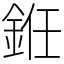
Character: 銋